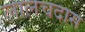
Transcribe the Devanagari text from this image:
लालचदास